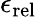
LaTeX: \epsilon_{\mathrm{rel}}